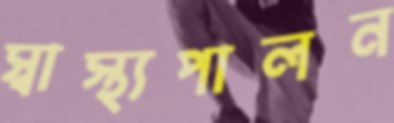
স্বাস্থ্যপালন